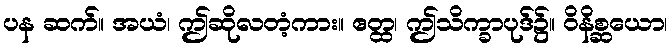
ပန ဆက်။ အယံ၊ ဤဆိုလတံ့ကား။ ဧတ္ထ၊ ဤသိက္ခာပုဒ်၌။ ဝိနိစ္ဆယော၊